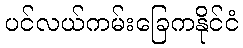
ပင်လယ်ကမ်းခြေကနိုင်ငံ